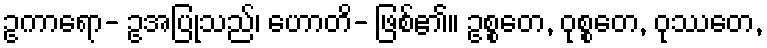
ဥကာရော- ဥအပြုသည်၊ ဟောတိ- ဖြစ်၏။ ဥစ္စတေ, ဝုစ္စတေ, ဝုဿတေ,